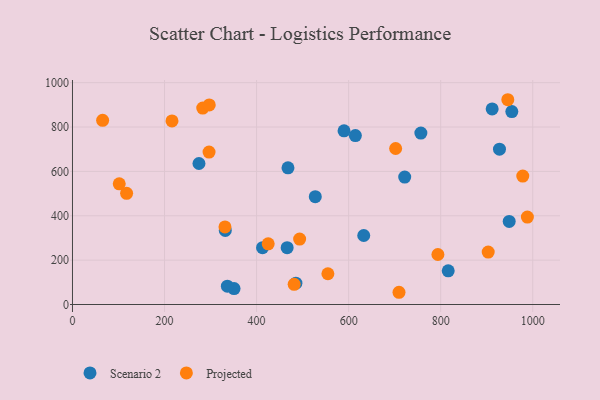
{"axis": {"x": "Speed", "y": "Salary"}, "legend": ["Projected", "Scenario 2"], "data": [{"x": "466.4", "y": 256.3, "type": "Scenario 2"}, {"x": "816.3", "y": 151.7, "type": "Scenario 2"}, {"x": "527.5", "y": 486.0, "type": "Scenario 2"}, {"x": "485.4", "y": 96.3, "type": "Scenario 2"}, {"x": "911.8", "y": 881.6, "type": "Scenario 2"}, {"x": "721.8", "y": 574.4, "type": "Scenario 2"}, {"x": "332.0", "y": 333.8, "type": "Scenario 2"}, {"x": "632.8", "y": 311.1, "type": "Scenario 2"}, {"x": "468.2", "y": 615.9, "type": "Scenario 2"}, {"x": "927.7", "y": 700.1, "type": "Scenario 2"}, {"x": "351.0", "y": 72.0, "type": "Scenario 2"}, {"x": "590.0", "y": 783.1, "type": "Scenario 2"}, {"x": "614.6", "y": 761.6, "type": "Scenario 2"}, {"x": "336.5", "y": 82.6, "type": "Scenario 2"}, {"x": "948.8", "y": 374.6, "type": "Scenario 2"}, {"x": "412.9", "y": 256.3, "type": "Scenario 2"}, {"x": "756.9", "y": 772.9, "type": "Scenario 2"}, {"x": "274.8", "y": 635.6, "type": "Scenario 2"}, {"x": "954.5", "y": 869.8, "type": "Scenario 2"}, {"x": "296.7", "y": 687.2, "type": "Projected"}, {"x": "481.6", "y": 90.9, "type": "Projected"}, {"x": "493.5", "y": 294.7, "type": "Projected"}, {"x": "65.5", "y": 830.1, "type": "Projected"}, {"x": "554.9", "y": 138.6, "type": "Projected"}, {"x": "978.3", "y": 579.1, "type": "Projected"}, {"x": "117.6", "y": 501.0, "type": "Projected"}, {"x": "793.9", "y": 225.3, "type": "Projected"}, {"x": "945.8", "y": 923.1, "type": "Projected"}, {"x": "216.2", "y": 827.4, "type": "Projected"}, {"x": "331.3", "y": 349.9, "type": "Projected"}, {"x": "709.4", "y": 55.1, "type": "Projected"}, {"x": "283.0", "y": 885.6, "type": "Projected"}, {"x": "702.1", "y": 703.3, "type": "Projected"}, {"x": "101.6", "y": 544.0, "type": "Projected"}, {"x": "988.3", "y": 394.2, "type": "Projected"}, {"x": "297.2", "y": 899.5, "type": "Projected"}, {"x": "903.2", "y": 236.5, "type": "Projected"}, {"x": "425.2", "y": 273.7, "type": "Projected"}]}